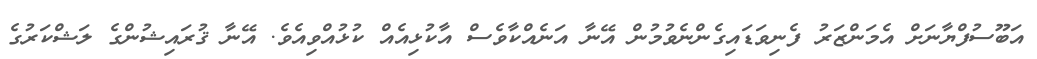
އަބޫސުފްޔާނަށް އެމަންޒަރު ފެނިވަޑައިގެންނެވުމުން އޭނާ އަނެއްކާވެސް އާކުޅިއެއް ކުޅުއްވިއެވެ. އޭނާ ޤުރައިޝުންގެ ލަޝްކަރުގެ